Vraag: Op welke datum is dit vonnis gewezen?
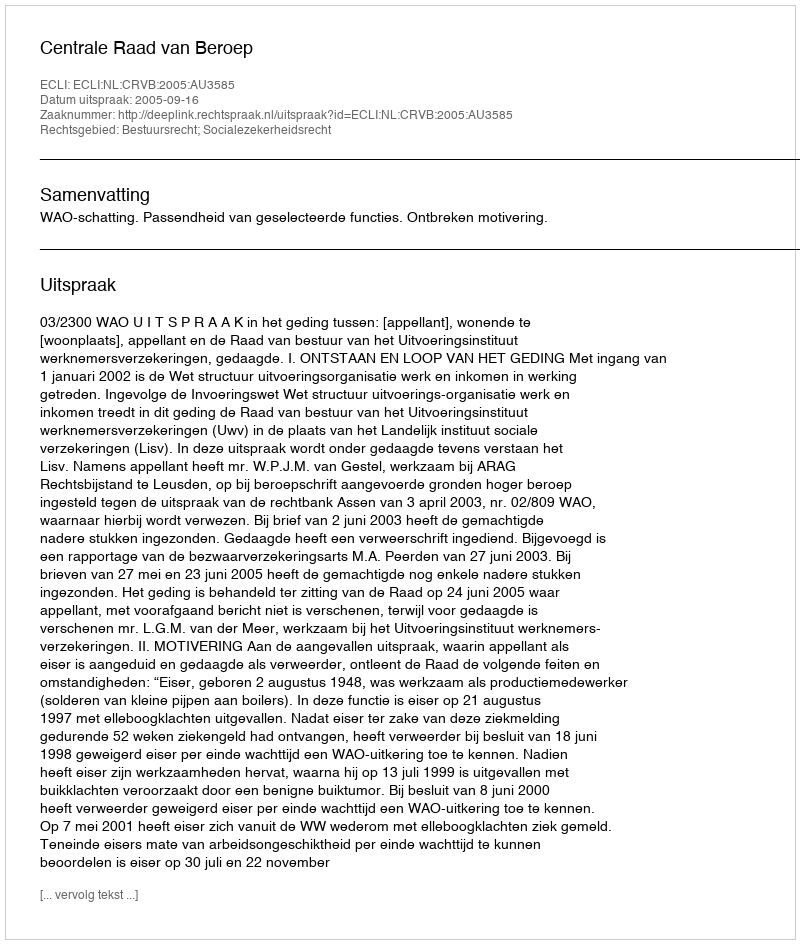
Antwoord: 2005-09-16